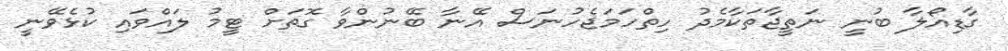
ގާޑިއޯލާ ބުނީ ނަތީޖާތަކާމެދު ހިތްހަމަޖެހުނަސް އޭނާ ބޭނުންވާ ގޮތަށް ޓީމު ލައްވައި ކުޅެވޭނީ